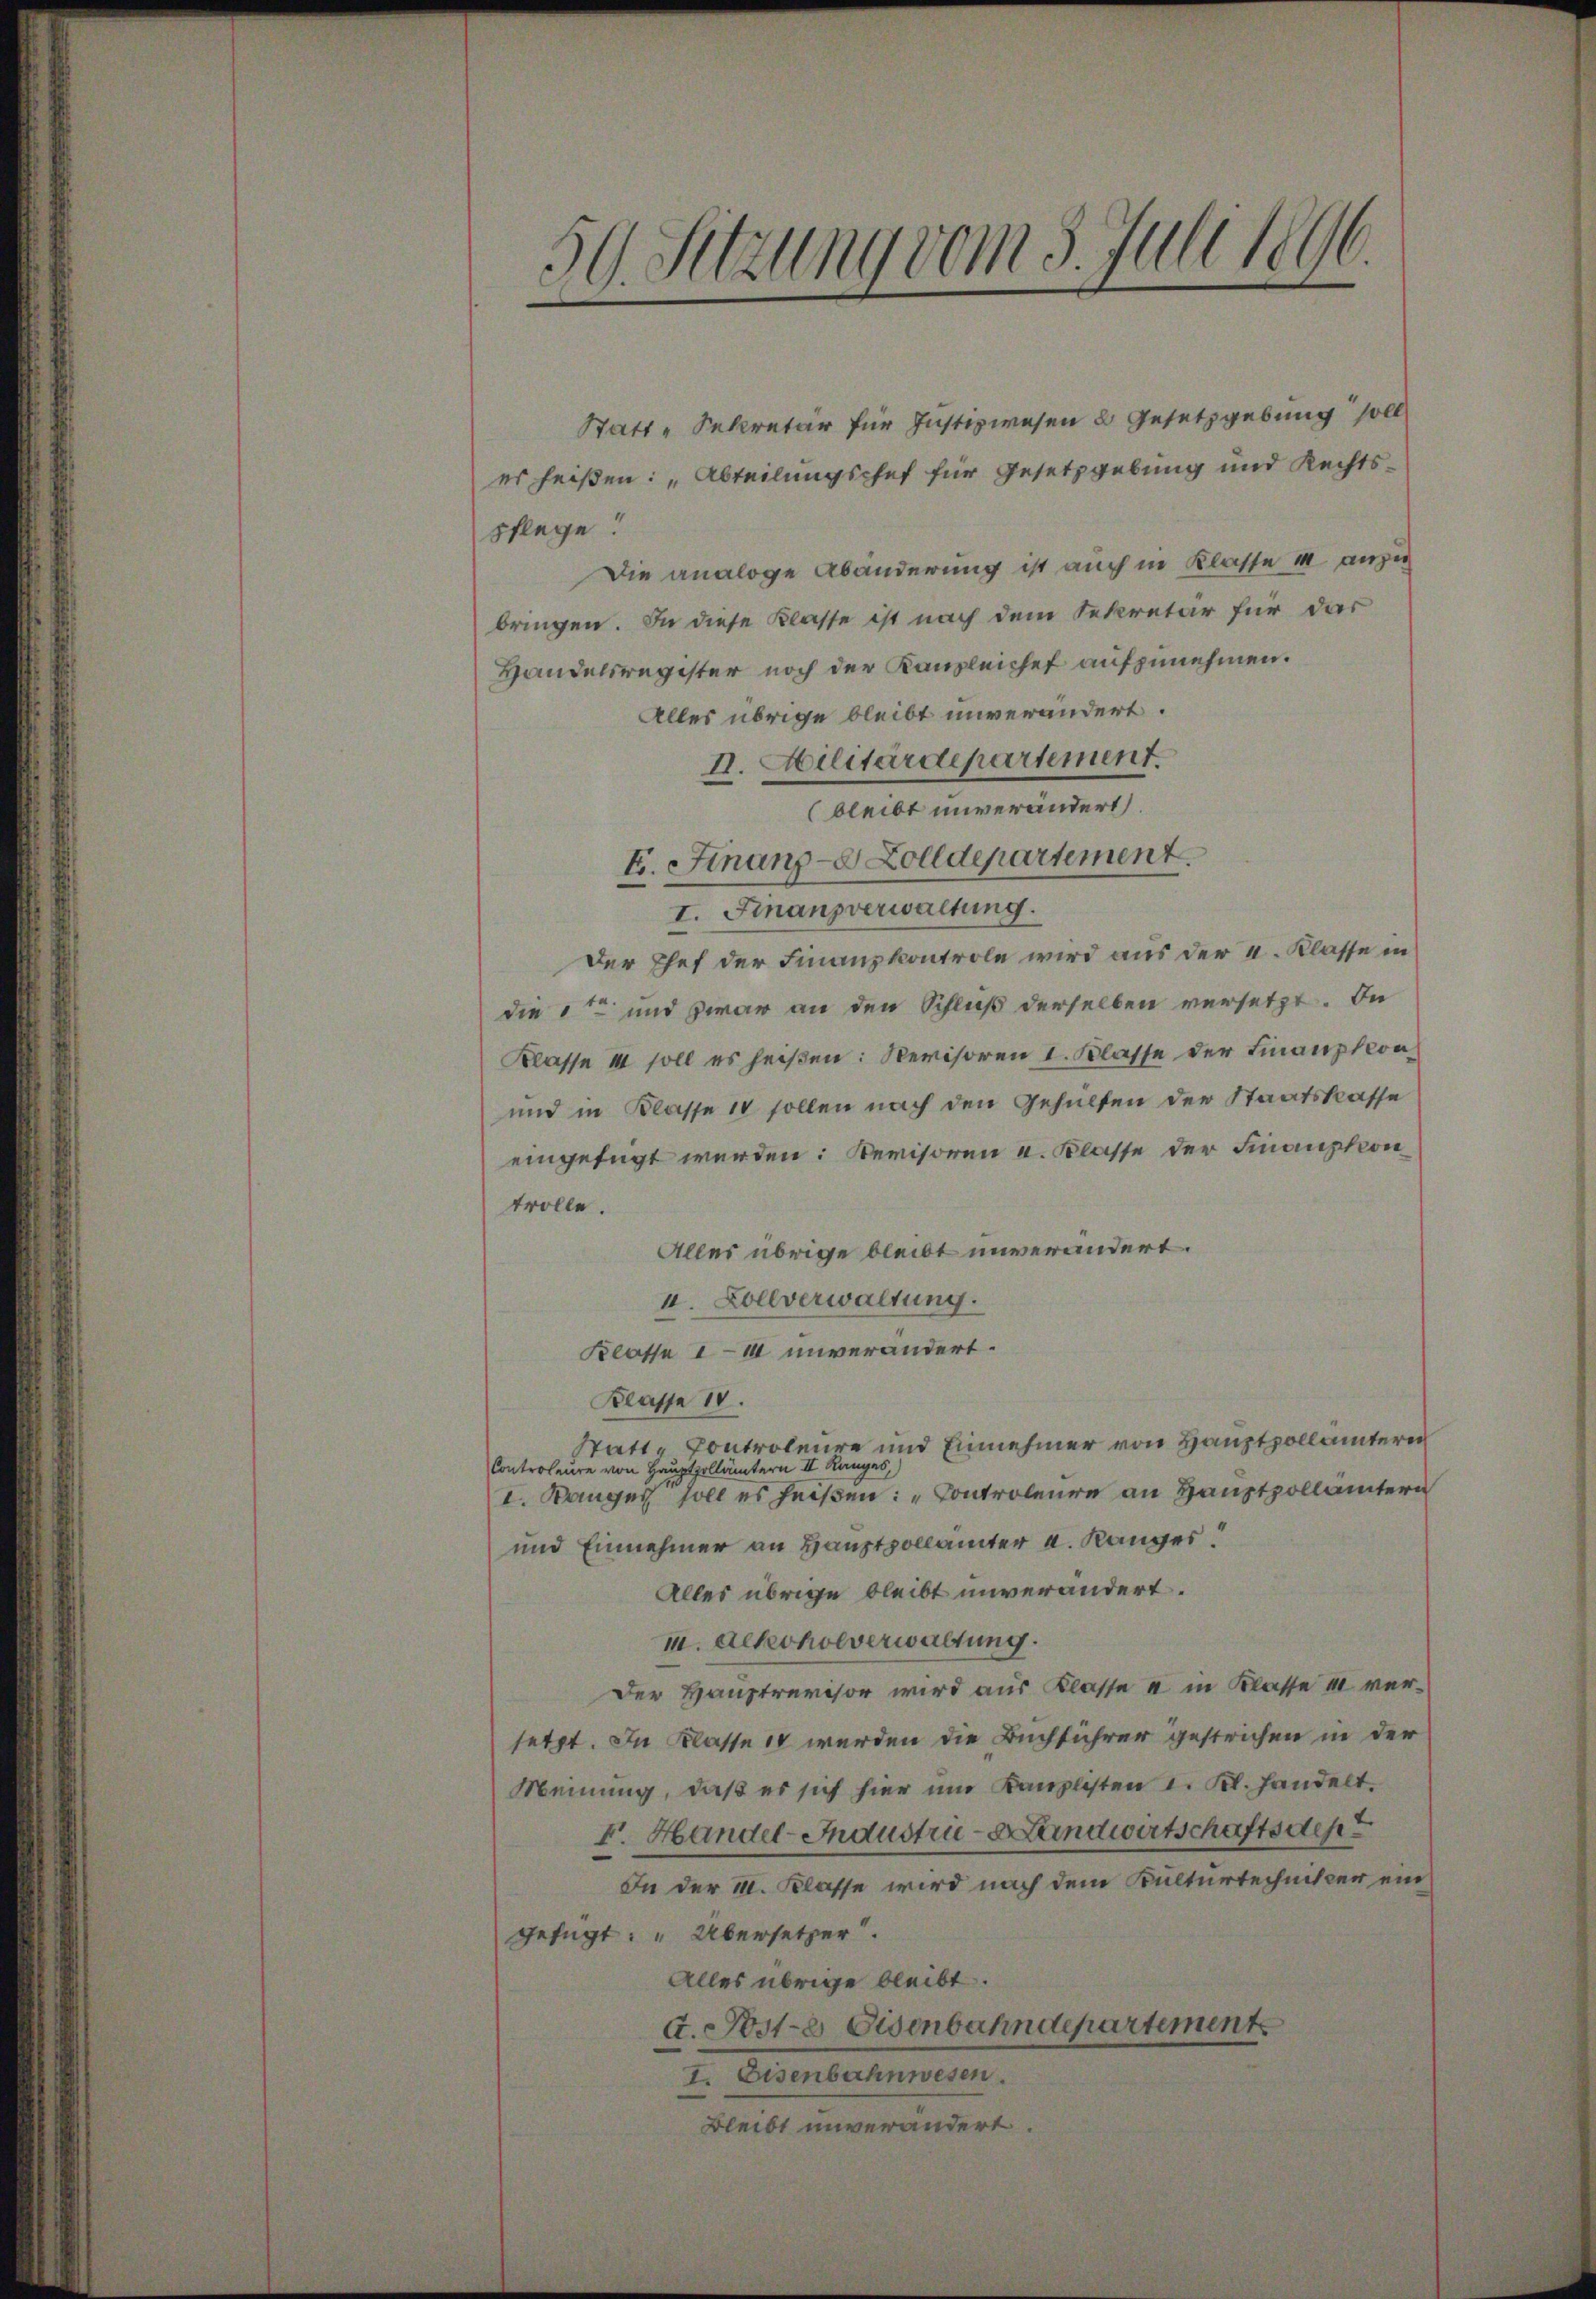
Statt-Sekretär für Justizwesen 2 Gesetzgebung soll
er heißen: „Abteilungschef für Gesetzgebung und Rechtspflege!
Die analoge Abänderung ist auch in Klasse II anzu
bringen. In diese Klasse ist nach dem Sekretär für das
Handelsregister noch der Kanzleichet aufzunehmen.
Alles übrige bleibt unverändert.
II. Militärdepartement.
bleibt unverändert.
I. Finanz-8 Zolldepartement.
I. Finanzverwaltung.
Der Chef der Finanzkontrole wird aus der I. Klasse in
die und zwar an den Schluß derselben versetzt. In
Klasse II soll es heißen: Revisoren I. Klasse der Finanzkon¬
und in Klasse 14 sollen nach den Gehülfen der Staatskasse
eingefügt werden: Revisoren u. Klasse der Finanzkon
trolle.
Alles übrige bleibt unverändert.
u. Zollverwaltung.
Klasse 114 unverändert.
Klasse 10.
Statt-Controleure und Einnehmer von Hauptpollämteren
Controleure von Hauptpollämtern II Ranges,
I. Wanger soll es heißen: „Controleure an Hauptpollämtern
und Einnehmer an Hauptpollämter a. Ranger
Alles übrige bleibt unverändert.
I. Alkoholverwaltung.
Der Hauptrevisor wird aus Klasse a in Klasse II versetzt. In Klasse 14 werden die Buchführer gestrichen in der
Meinung, daß es sich hier um Kanzlisten I. Kl. handelt.
V. Handel-Industrie-Landwirtschaftsdep
In der II. Klasse wird nach dem Kulturtechnitter eingefügt: „Übersetzer.
Alles übrige bleibt.
d. Poste Eisenbahndepartement
I. Eisenbahnwesen.
Bleibt unverändert.

59. Setzung vom 3. Juli 1896.